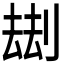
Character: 𠞗